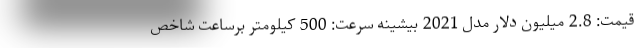
قیمت: 2.8 میلیون دلار مدل 2021 بیشینه سرعت: 500 کیلومتر برساعت شاخص